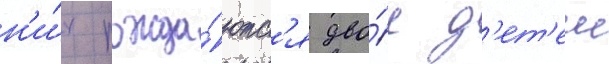
н'и́х рожда́ютс'я дво́е д'ет'еи